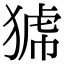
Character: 𤟝